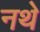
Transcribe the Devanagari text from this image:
नथे